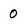
Character: 0